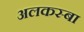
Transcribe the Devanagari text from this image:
अलकस्बा